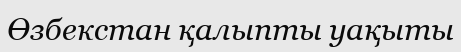
Өзбекстан қалыпты уақыты